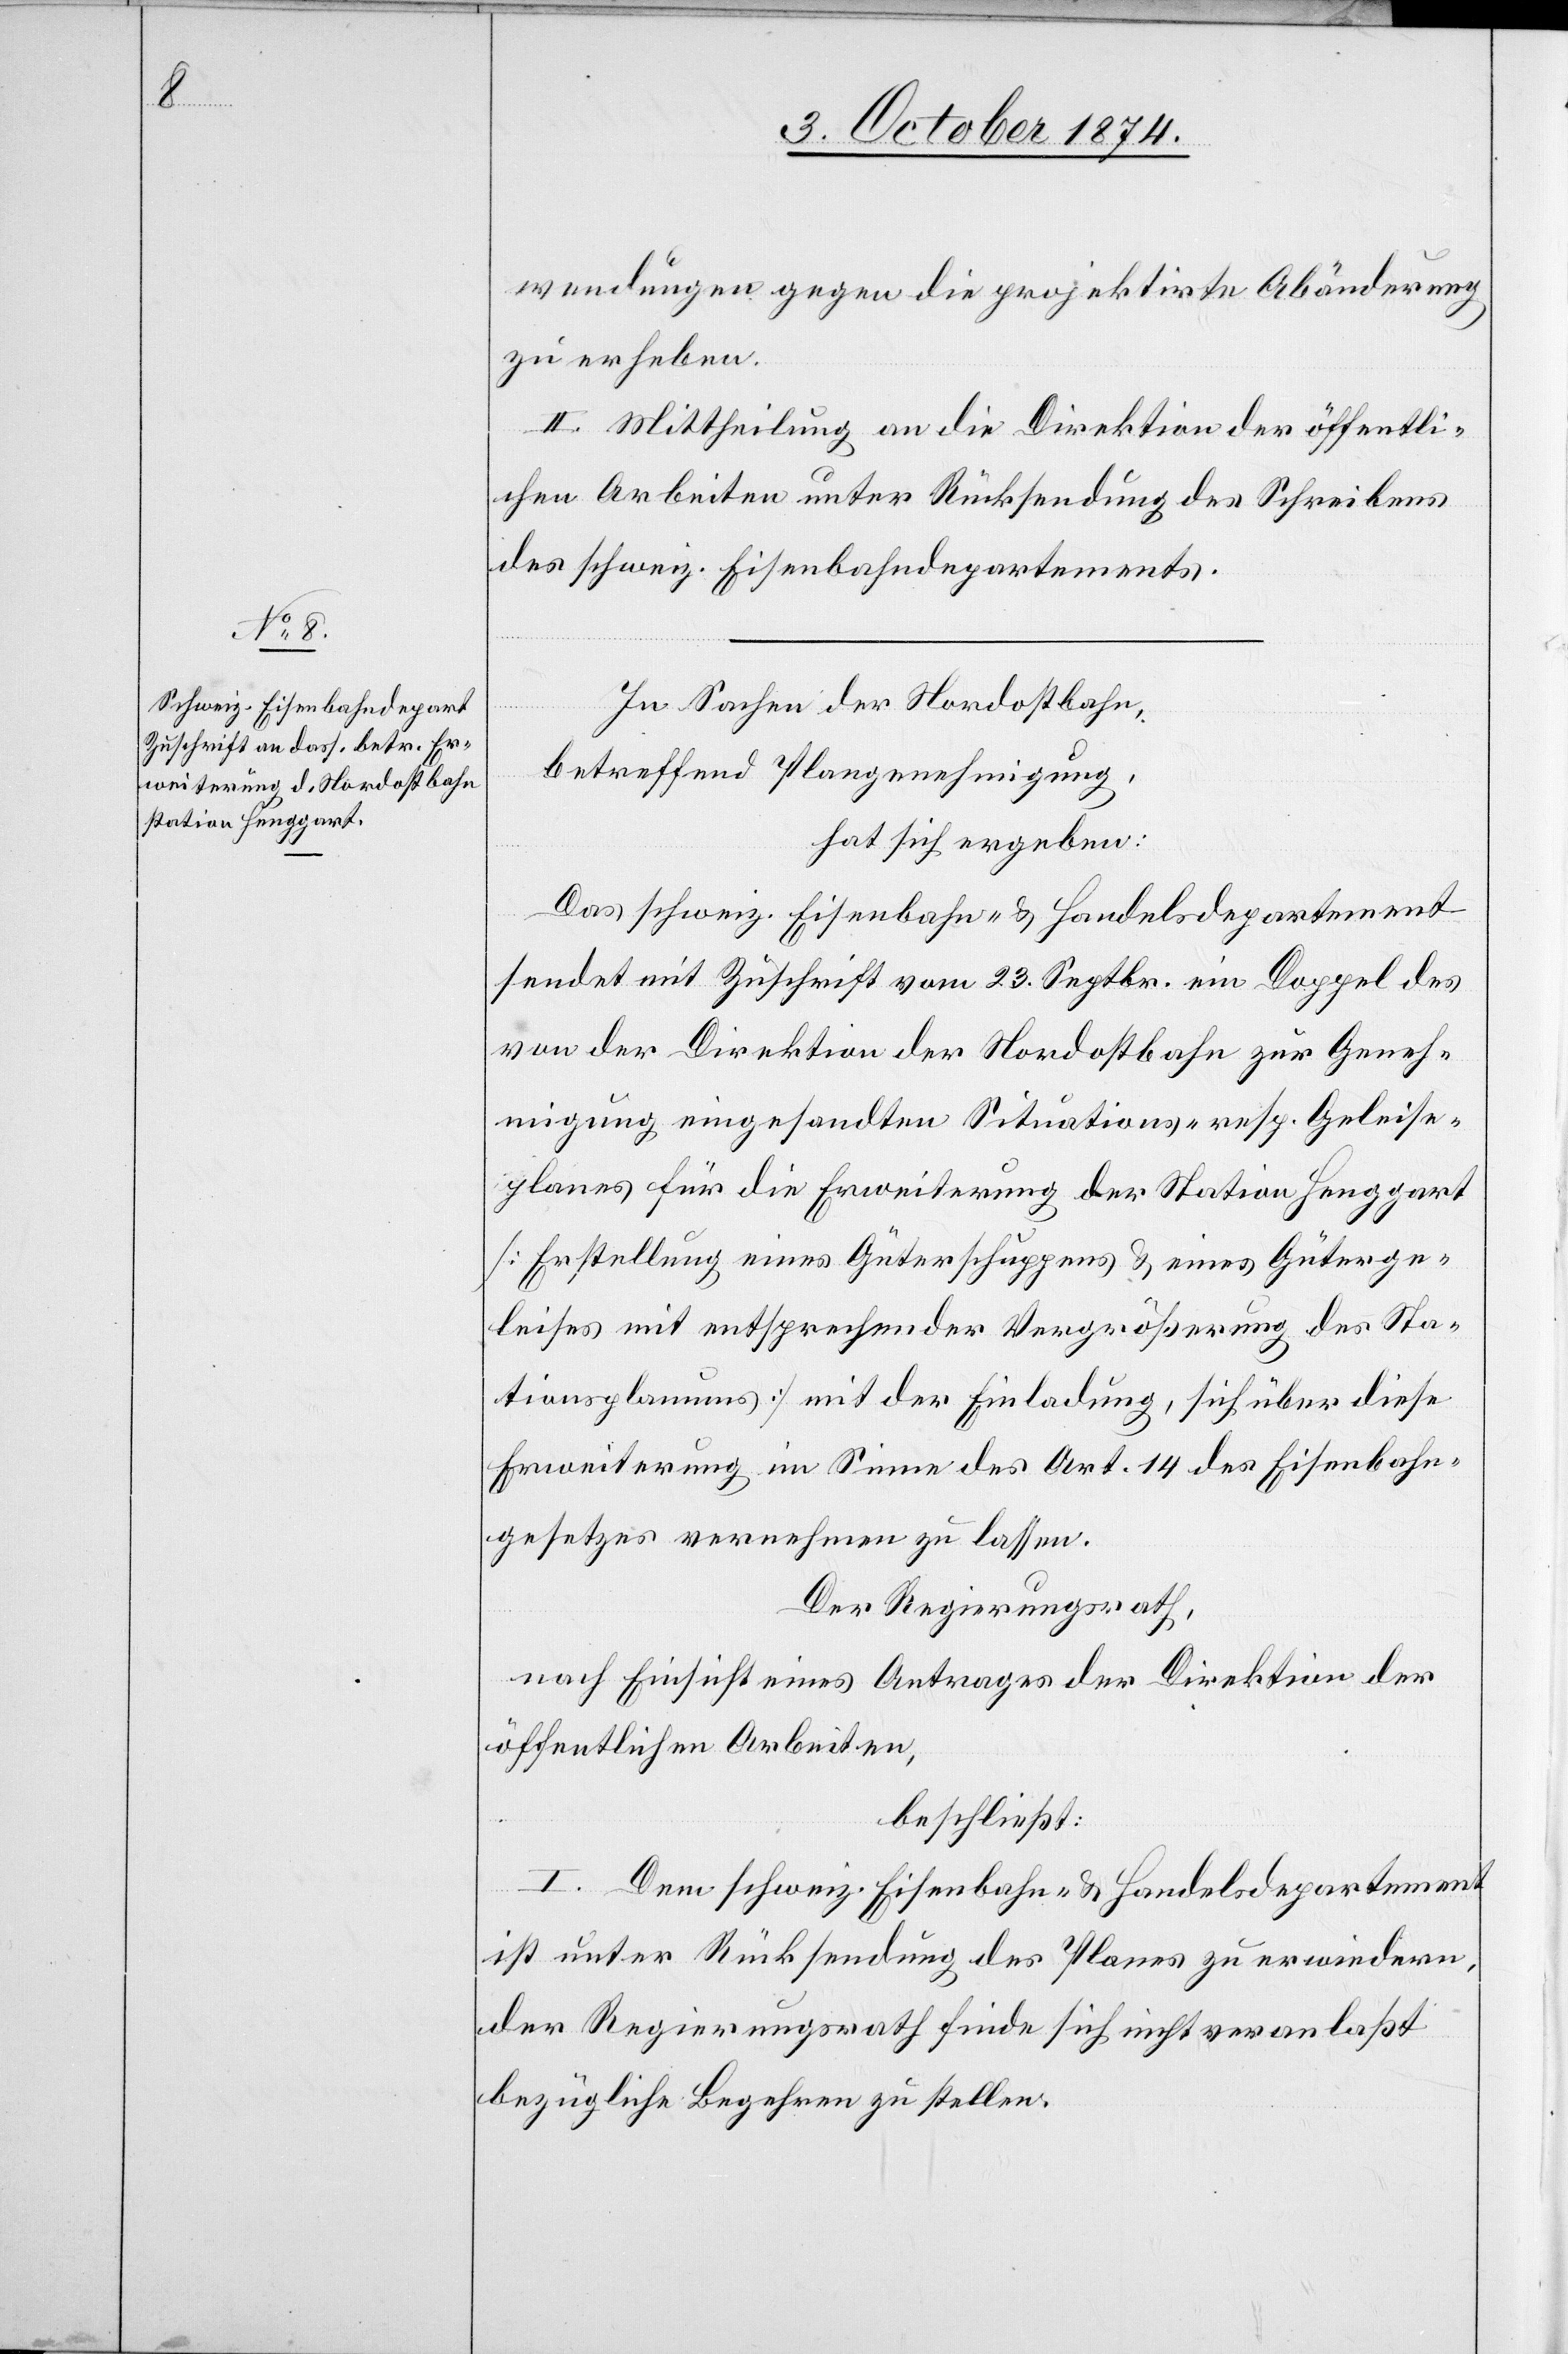
wendungen gegen die projektirte Abänderung
zu erheben.
II. Mittheilung an die Direktion der öffentli¬
chen Arbeiten unter Rücksendung des Schreibens
des schweiz. Eisenbahndepartements.
In Sachen der Nordostbahn,
betreffend Plangenehmigung,
hat sich ergeben:
Das schweiz. Eisenbahn- & Handelsdepartement
sendet mit Zuschrift vom 23. Septbr. ein Doppel des
von der Direktion der Nordostbahn zur Geneh¬
migung eingesandten Situations- resp. Geleise¬
planes für die Erweiterung der Station Henggart
[Erstellung eines Güterschuppens & eines Güterge¬
leises mit entsprechender Vergrößerung des Sta¬
tionsplanums] mit der Einladung, sich über diese
Erweiterung im Sinne des Art. 14 des Eisenbahn¬
gesetzes vernehmen zu lassen.
Der Regierungsrath,
nach Einsicht eines Antrages der Direktion der
öffentlichen Arbeiten,
beschließt:
I. Dem schweiz. Eisenbahn- & Handelsdepartement
ist unter Rücksendung des Planes zu erwiedern,
der Regierungsrath finde sich nicht veranlaßt
bezügliche Begehren zu stellen.